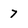
Character: 7